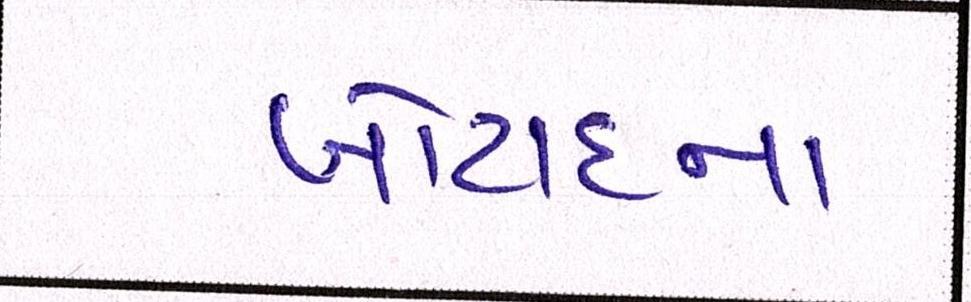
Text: બોટાદના